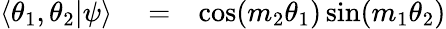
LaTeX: \begin{array}{rlr}{\langle\theta_{1},\theta_{2}|\psi\rangle}&{{}=}&{\cos(m_{2}\theta_{1})\sin(m_{1}\theta_{2})}\end{array}